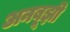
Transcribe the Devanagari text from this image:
अनबूझी